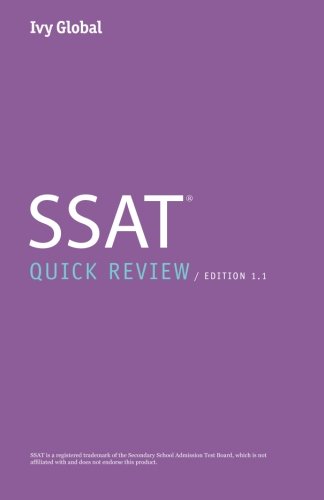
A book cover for Ivy Global SSAT Quick Review 2015; Ivy Global; Test Preparation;